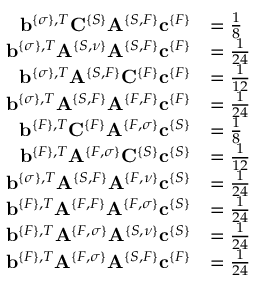
\begin{array} { r l } { { \bf b } ^ { \{ \sigma \} , T } { \bf C } ^ { \{ S \} } { \bf A } ^ { \{ S , F \} } { \bf c } ^ { \{ F \} } } & { = \frac 1 8 } \\ { { \bf b } ^ { \{ \sigma \} , T } { \bf A } ^ { \{ S , \nu \} } { \bf A } ^ { \{ S , F \} } { \bf c } ^ { \{ F \} } } & { = \frac { 1 } { 2 4 } } \\ { { \bf b } ^ { \{ \sigma \} , T } { \bf A } ^ { \{ S , F \} } { \bf C } ^ { \{ F \} } { \bf c } ^ { \{ F \} } } & { = \frac { 1 } { 1 2 } } \\ { { \bf b } ^ { \{ \sigma \} , T } { \bf A } ^ { \{ S , F \} } { \bf A } ^ { \{ F , F \} } { \bf c } ^ { \{ F \} } } & { = \frac { 1 } { 2 4 } } \\ { { \bf b } ^ { \{ F \} , T } { \bf C } ^ { \{ F \} } { \bf A } ^ { \{ F , \sigma \} } { \bf c } ^ { \{ S \} } } & { = \frac 1 8 } \\ { { \bf b } ^ { \{ F \} , T } { \bf A } ^ { \{ F , \sigma \} } { \bf C } ^ { \{ S \} } { \bf c } ^ { \{ S \} } } & { = \frac { 1 } { 1 2 } } \\ { { \bf b } ^ { \{ \sigma \} , T } { \bf A } ^ { \{ S , F \} } { \bf A } ^ { \{ F , \nu \} } { \bf c } ^ { \{ S \} } } & { = \frac { 1 } { 2 4 } } \\ { { \bf b } ^ { \{ F \} , T } { \bf A } ^ { \{ F , F \} } { \bf A } ^ { \{ F , \sigma \} } { \bf c } ^ { \{ S \} } } & { = \frac { 1 } { 2 4 } } \\ { { \bf b } ^ { \{ F \} , T } { \bf A } ^ { \{ F , \sigma \} } { \bf A } ^ { \{ S , \nu \} } { \bf c } ^ { \{ S \} } } & { = \frac { 1 } { 2 4 } } \\ { { \bf b } ^ { \{ F \} , T } { \bf A } ^ { \{ F , \sigma \} } { \bf A } ^ { \{ S , F \} } { \bf c } ^ { \{ F \} } } & { = \frac { 1 } { 2 4 } } \end{array}